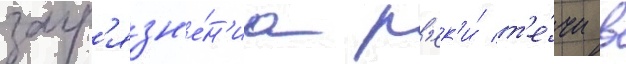
загр'язн'е́н'иа р'ек'и́ т'е́чи в